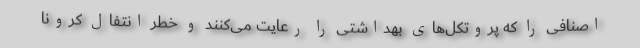
اصنافی را که پروتکل‌های بهداشتی را رعایت می‌کنند و خطر انتفال کرونا